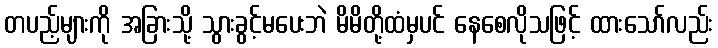
တပည့်များကို အခြားသို့ သွားခွင့်မပေးဘဲ မိမိတို့ထံမှပင် နေစေလိုသဖြင့် ထားသော်လည်း